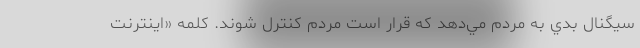
سيگنال بدي به مردم مي‌دهد كه قرار است مردم كنترل شوند. كلمه «اينترنت